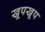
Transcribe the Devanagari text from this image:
खूपखूप